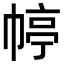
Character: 𭘭